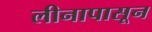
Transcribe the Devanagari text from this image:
लीनापासून